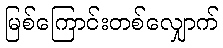
မြစ်ကြောင်းတစ်လျှောက်